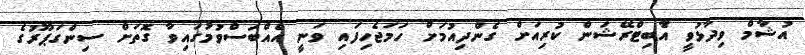
އުޝާމް ވިދާޅުވީ އާެބިޓްރޭޝަން ކުރިއަށް ގެންދިއުމަށް ހަމަޖެހިފައި ވަނީ އެއްބަސްވުމުގައިވާ ގޮތަށް ސިންގަޕޫރުގެ